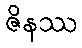
ဇိနဿ